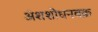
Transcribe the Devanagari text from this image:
अंशशोधनवक्र